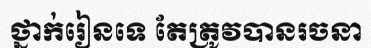
ថ្នាក់រៀនទេ តែត្រូវបានរចនា